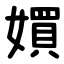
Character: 㜥